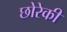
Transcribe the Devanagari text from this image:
छोरेकी